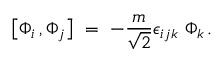
\big [ \Phi _ { i } \, , \Phi _ { j } \big ] ~ = ~ - { \frac { m } { \sqrt { 2 } } } \epsilon _ { i j k } ~ \Phi _ { k } \, .